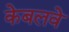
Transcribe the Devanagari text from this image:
केबलवे